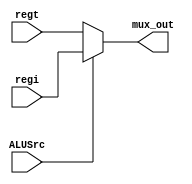
`timescale 1ns / 1ps
module ALUSrcMux(
    input [31:0] regt,     
    input [31:0] regi,     
    input ALUSrc,       
    output wire [31:0] mux_out 
);
reg [31:0] mux_out_reg;
always @* begin
    if (ALUSrc == 0) begin
        mux_out_reg = regt;  
    end else begin
        mux_out_reg = regi;  
    end
end
assign mux_out = mux_out_reg;

endmodule